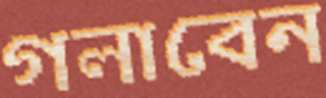
গলাবেন